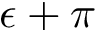
\epsilon + \pi